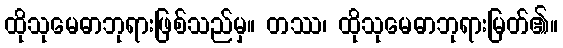
ထိုသုမေဓာဘုရားဖြစ်သည်မှ။ တဿ၊ ထိုသုမေဓာဘုရားမြတ်၏။